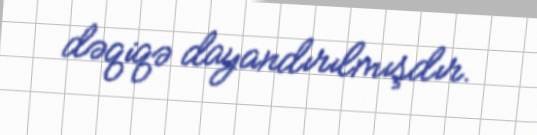
dəqiqə dayandırılmışdır.